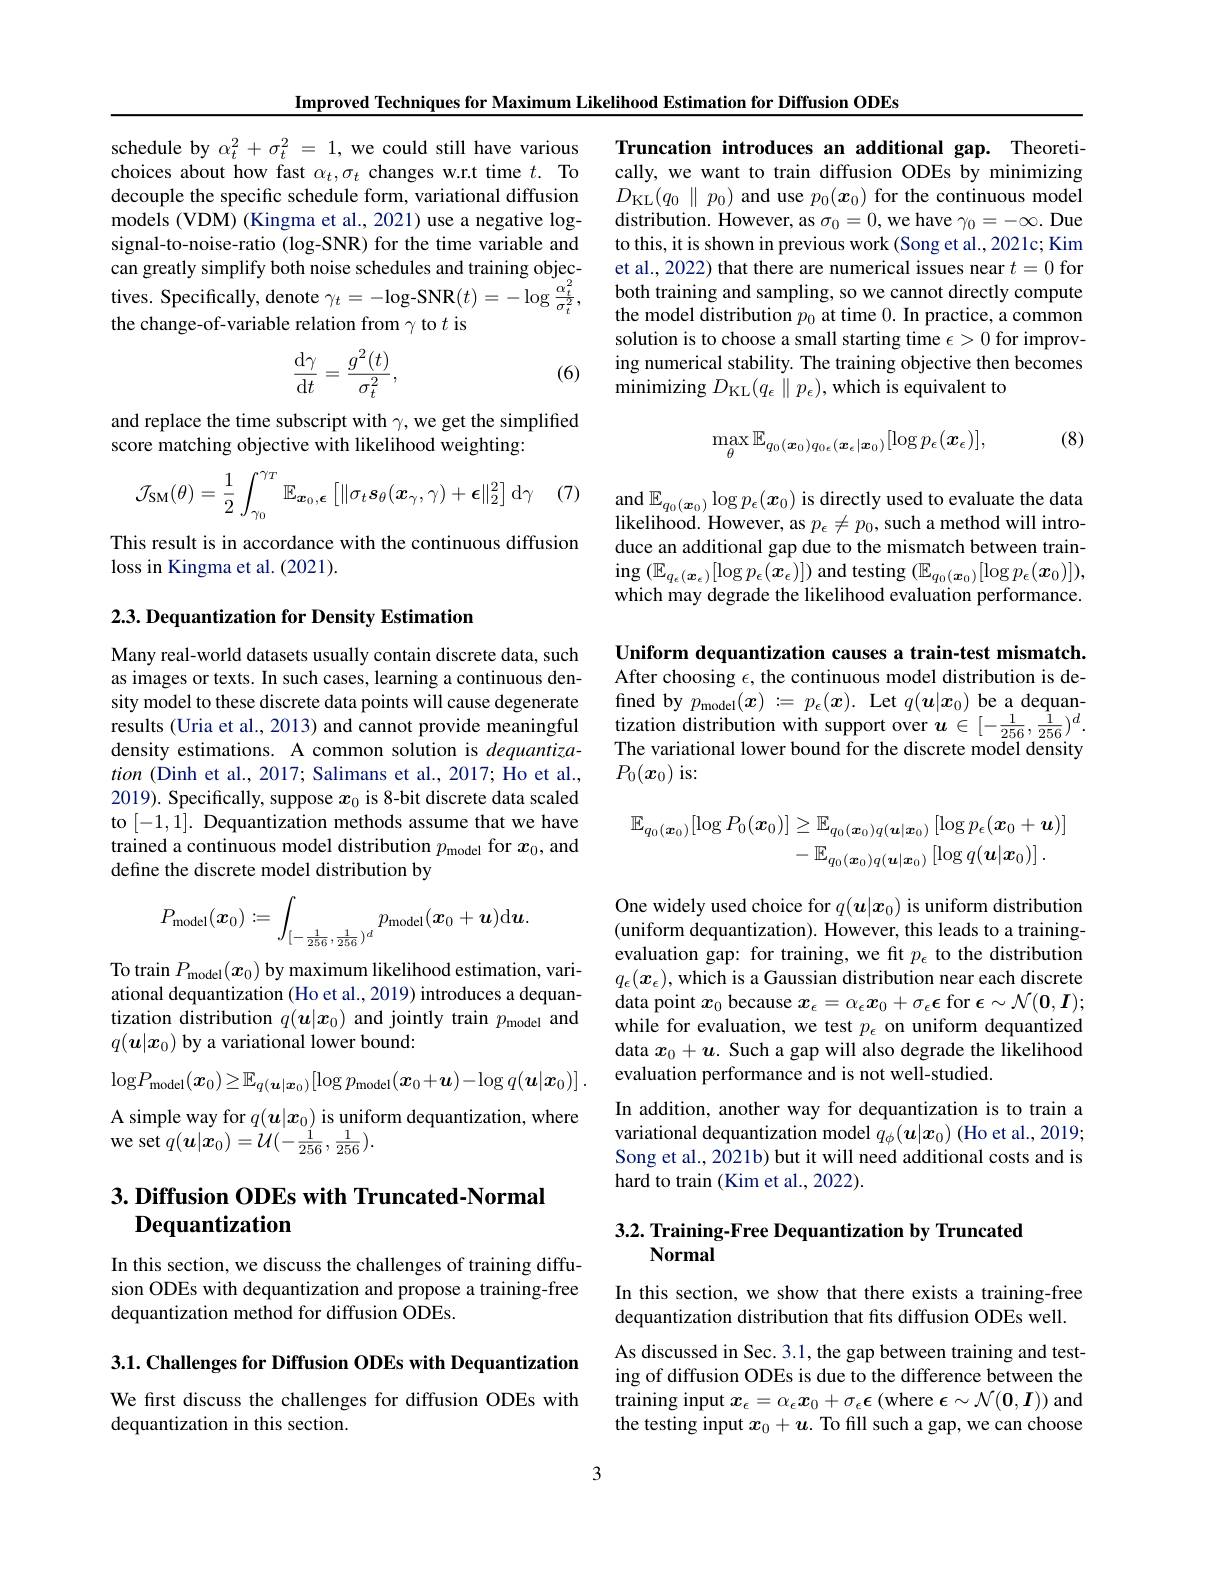
Improved Techniques for Maximum Likelihood Estimation for Diffusion ODEs

schedule by $\alpha_t^2+\sigma_t^2=1$, we could still have various choices about how fast $\alpha_t,\sigma_t$ changes w.r.t time $t.$ To decouple the specific schedule form, variational diffusion models (VDM) (Kingma et al., 2021) use a negative logsignal-to-noise-ratio (log-SNR) for the time variable and can greatly simplify both noise schedules and training objectives. Specifically, denote $\gamma_{t}=-\log$-SNR$(t)=-\log\frac{\alpha_{t}^{2}}{\sigma_{t}^{2}}$, the change-of-variable relation from $\gamma$ to $t$ is
$$\begin{aligned}\frac{\mathrm{d}\gamma}{\mathrm{d}t}=\frac{g^2(t)}{\sigma_t^2},\end{aligned}$$
(6)

and replace the time subscript with $\gamma$,we get the simplified
score matching objective with likelihood weighting:

(7)
$$\mathcal{J}_{\mathrm{SM}}(\theta)=\frac{1}{2}\int_{\gamma_0}^{\gamma_T}\mathbb{E}_{\boldsymbol{x}_0,\boldsymbol{\epsilon}}\left[\|\sigma_t\boldsymbol{s}_\theta(\boldsymbol{x}_\gamma,\gamma)+\boldsymbol{\epsilon}\|_2^2\right]\mathrm{d}\gamma $$
This result is in accordance with the continuous diffusion
loss in Kingma et al. (2021).

$2. 3. \textbf{Dequantization for Density Estimation}$

Many real-world datasets usually contain discrete data, such as images or texts. In such cases, learning a continuous density model to these discrete data points will cause degenerate results (Uria et al., 2013) and cannot provide meaningful density estimations. A common solution is dequantization (Dinh et al., 2017; Salimans et al., 2017; Ho et al., 2019). Specifically, suppose $x_0$ is 8-bit discrete data scaled to [-1,1]. Dequantization methods assume that we have trained a continuous model distribution $p_\mathrm{model}$ for $x_0$, and define the discrete model distribution by
$$P_{\mathrm{model}}(\boldsymbol{x}_0):=\int_{[-\frac{1}{256},\frac{1}{256})^d}p_{\mathrm{model}}(\boldsymbol{x}_0+\boldsymbol{u})\mathrm{d}\boldsymbol{u}.$$
To train $P_{\mathrm{model}}(\boldsymbol{x}_0)$ by maximum likelihood estimation, variational dequantization (Ho et al., 2019) introduces a dequantization distribution $q(\boldsymbol{u}|\boldsymbol{x}_0)$ and jointly train $p_\mathrm{model}$ and $q(\boldsymbol{u}|\boldsymbol{x}_0)$ by a variational lower bound:
$$\mathrm{log}P_{\mathrm{model}}(\boldsymbol{x}_{0})\geq\mathbb{E}_{q(\boldsymbol{u}|\boldsymbol{x}_{0})}[\log p_{\mathrm{model}}(\boldsymbol{x}_{0}+\boldsymbol{u})-\log q(\boldsymbol{u}|\boldsymbol{x}_{0})]\:.$$
A simple way for $q(\boldsymbol u|\boldsymbol x_0)$ is uniform dequantization, where
$\hat {\mathrm{we~set~}q}( \boldsymbol{u}| \dot{x_{0}} ) = \mathcal{U} ( - \frac 1{256}, \frac 1{256}) .$

## $3. \textbf{ Diffusion ODEs with Truncated- Normal}$ Dequantization

In this section, we discuss the challenges of training diffusion ODEs with dequantization and propose a training-free dequantization method for diffusion ODEs.

3.1. Challenges for Diffusion ODEs with Dequantization

We first discuss the challenges for diffusion ODEs with
dequantization in this section.

Truncation introduces an additional gap. Theoretically, we want to train diffusion ODEs by minimizing $D_{\mathrm{KL}}(q_{0}\parallel p_{0})$ and use $p_0(\boldsymbol x_{0})$ for the continuous model distribution. However, as $\sigma_0=0$, we have $\gamma_0=-\infty.$ Due to this, it is shown in previous work (Song et al., 2021c; Kim et al., 2022) that there are numerical issues near $t=0$ for both training and sampling, so we cannot directly compute the model distribution $p_0$ at time 0. In practice, a common solution is to choose a small starting time $\epsilon>0$ for improving numerical stability. The training objective then becomes minimizing $D_{\mathrm{KL}}(q_{\epsilon}\parallel p_{\epsilon})$,which is equivalent to

(8)
$$\max_{\theta}\mathbb{E}_{q_0(\boldsymbol{x}_0)q_{0\epsilon}(\boldsymbol{x}_\epsilon|\boldsymbol{x}_0)}[\log p_\epsilon(\boldsymbol{x}_\epsilon)],$$
and $\mathbb{E}_q_0(\boldsymbol{x}_0)\log p_\epsilon(\boldsymbol{x}_0)$ is directly used to evaluate the data likelihood. However, as $p_\epsilon\neq p_0$, such a method will introduce an additional gap due to the mismatch between train- $\operatorname{ing}\left(\mathbb{E}_{q_{\epsilon}(\boldsymbol{x}_{\epsilon})}[\log p_{\epsilon}(\boldsymbol{x}_{\epsilon})]\right)$and testing$\left(\mathbb{E}_{q_{0}(\boldsymbol{x}_{0})}[\log p_{\epsilon}(\boldsymbol{x}_{0})]\right)$, which may degrade the likelihood evaluation performance

Uniform dequantization causes a train-test mismatch. After choosing $\epsilon$, the continuous model distribution is defined by $p_\mathrm{model}(\boldsymbol{x}):=p_\epsilon(\boldsymbol{x}).$ Let $q(\boldsymbol u|\boldsymbol{x}_0)$ be a dequantization distribution with support over $u\in[-\frac1{256},\frac1{256})^d.$ The variational lower bound for the discrete model density $P_0(\boldsymbol{x}_0)$is:
$$\begin{aligned}\mathbb{E}_{q_{0}(\boldsymbol{x}_{0})}[\log P_{0}(\boldsymbol{x}_{0})]&\geq\mathbb{E}_{q_{0}(\boldsymbol{x}_{0})q(\boldsymbol{u}|\boldsymbol{x}_{0})}\left[\log p_{\epsilon}(\boldsymbol{x}_{0}+\boldsymbol{u})\right]\\&-\mathbb{E}_{q_{0}(\boldsymbol{x}_{0})q(\boldsymbol{u}|\boldsymbol{x}_{0})}\left[\log q(\boldsymbol{u}|\boldsymbol{x}_{0})\right].\end{aligned}$$
One widely used choice for $q(\boldsymbol u|\boldsymbol x_0)$ is uniform distribution (uniform dequantization). However, this leads to a trainingevaluation gap: for training, we fit $p_\epsilon$ to the distribution $q_{\epsilon}(\boldsymbol{x}_{\epsilon})$,which is a Gaussian distribution near each discrete data point $x_0$ because $x_\epsilon=\alpha_\epsilon x_0+\sigma_\epsilon\epsilon$ for $\epsilon\sim\mathcal{N}(\mathbf{0},\boldsymbol{I});$ while for evaluation, we test $p_\epsilon$ on uniform dequantized data $x_0+\boldsymbol{u}.$ Such a gap will also degrade the likelihood evaluation performance and is not well-studied.

In addition, another way for dequantization is to train a variational dequantization model $q_\phi(\boldsymbol{u}|\boldsymbol{x}_0)$ (Ho et al., 2019; Song et al., 2021b) but it will need additional costs and is hard to train (Kim et al., 2022).

3.2. Training-Free Dequantization by Truncated
# Normal

In this section, we show that there exists a training-free dequantization distribution that fits diffusion ODEs well.

As discussed in Sec. 3.1, the gap between training and testing of diffusion ODEs is due to the difference between the training input $x_\epsilon=\alpha_\epsilon x_0+\sigma_\epsilon\epsilon\left(\mathrm{where~}\epsilon\sim\mathcal{N}(\mathbf{0},\boldsymbol{I})\right)$ and the testing input $x_0+\boldsymbol{u}.$ To fill such a gap, we can choose

3